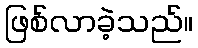
ဖြစ်လာခဲ့သည်။